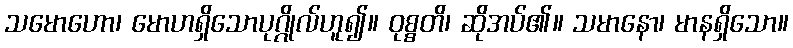
သမောဟော၊ မောဟရှိသောပုဂ္ဂိုလ်ဟူ၍။ ဝုစ္စတိ၊ ဆိုအပ်၏။ သမာနော၊ မာနရှိသော။